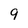
Character: 9